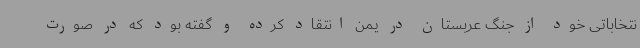
نتخاباتی خود از جنگ عربستان در یمن انتقاد کرده و گفته بود که در صورت